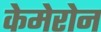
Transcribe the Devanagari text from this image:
केमेरोन